Bombay plague: being a history of the progress of plague in the Bombay presidency from September 1896 to June 1899
Year: 1896
Disease focus: Plague
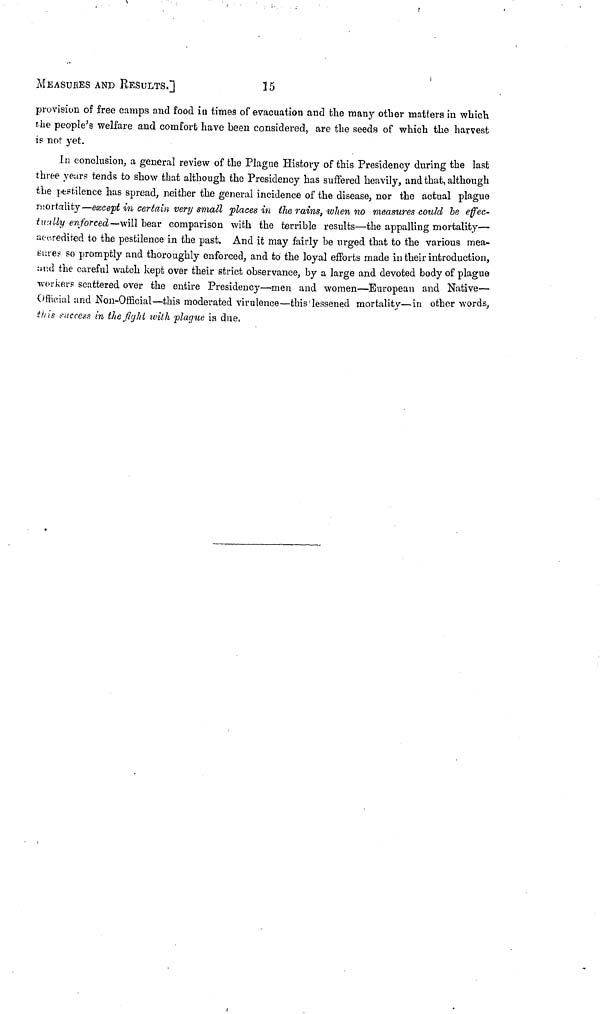
MEASURES AND RESULTS.]
15
provision of free camps and food in times of evacuation and the many other mattere in which
the people's welfare and comfort have been considered, are the seeds of which the harvest
is not yet.
In conclusion, a general review of the Plague History of this Presidency during the last
three years tends to show that although the Presidency has suffered heavily, and that, although
the pestilence has spread, neither the general incidence of the disease, nor the actual plague
mortality—except in certain very small places in the rains, when no measures could be effec-
tually enforced — will bear comparison with the terrible results—the appalling mortality—
accredited to the pestilence in the past. And it may fairly be urged that to the various mea-
sures so promptly and thoroughly enforced, and to the loyal efforts made in their introduction,
and the careful watch kept over their strict observance, by a large and devoted body of plague
workers scattered over the entire Presidency—men and women—European and Native-
Official and Non-Official—this moderated virulence—this lessened mortality—in other words,
this success in the fight with plague is due.